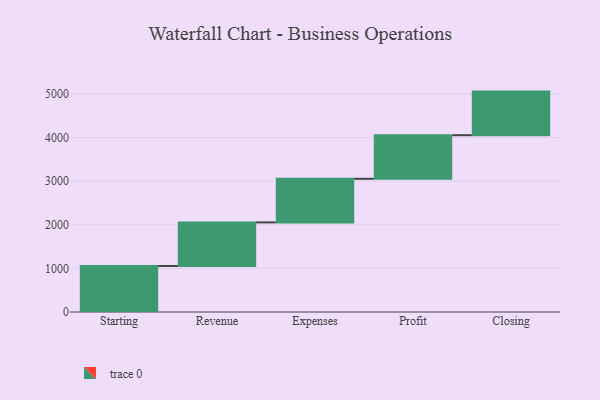
{"axis": {"x": "Step", "y": "Value"}, "legend": [""], "data": [{"x": "Starting", "y": 1055.0, "type": ""}, {"x": "Revenue", "y": 1000, "type": ""}, {"x": "Expenses", "y": 1000, "type": ""}, {"x": "Profit", "y": 1000, "type": ""}, {"x": "Closing", "y": 1000, "type": ""}]}